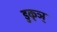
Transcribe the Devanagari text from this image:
डुकृञ्